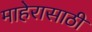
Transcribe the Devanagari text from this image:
माहेरासाठी